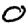
Digit: 0